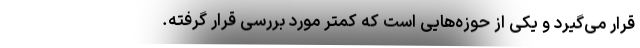
قرار می‌گیرد و یکی از حوزه‌هایی است که کمتر مورد بررسی قرار گرفته.